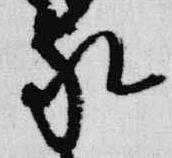
家